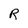
Character: R